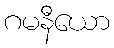
ဂမနီယော